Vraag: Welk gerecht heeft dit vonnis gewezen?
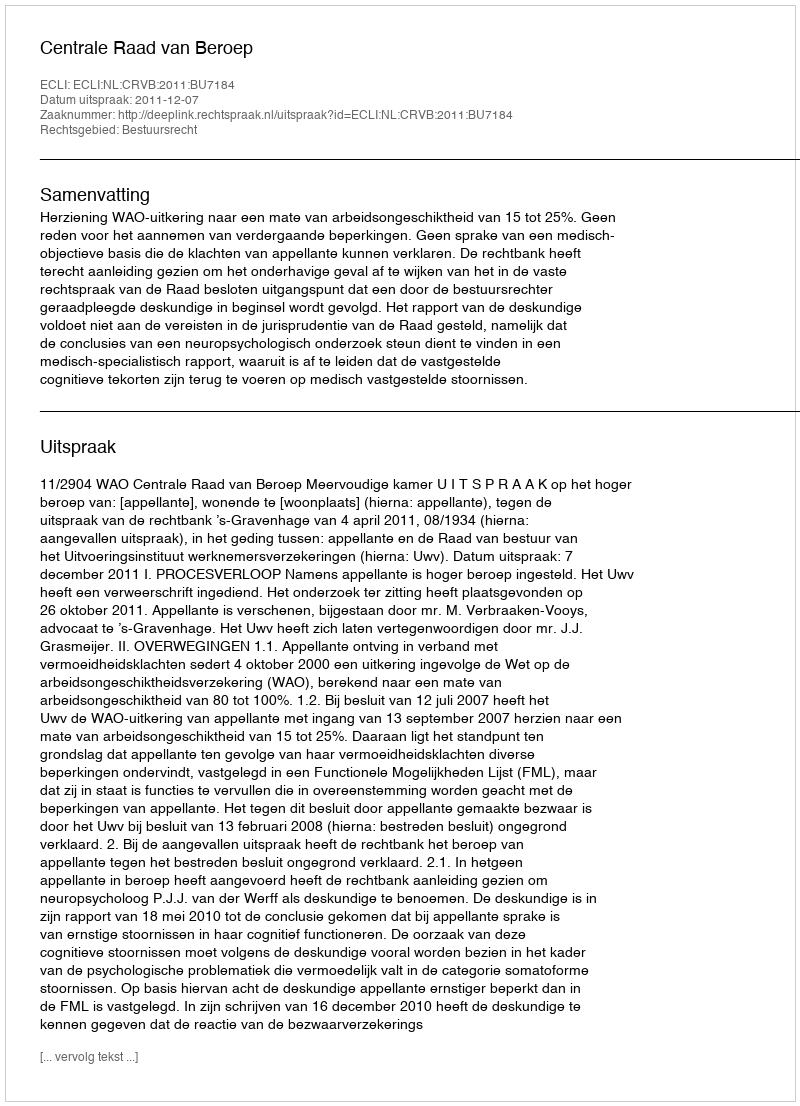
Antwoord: Centrale Raad van Beroep